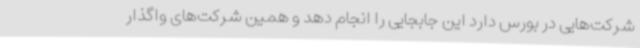
شرکت‌هایی در بورس دارد این جابجایی را انجام دهد و همین شرکت‌های واگذار